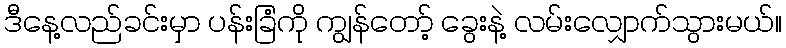
ဒီနေ့လည်ခင်းမှာ ပန်းခြံကို ကျွန်တော့် ခွေးနဲ့ လမ်းလျှောက်သွားမယ်။